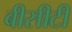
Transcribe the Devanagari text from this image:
बीसीटी